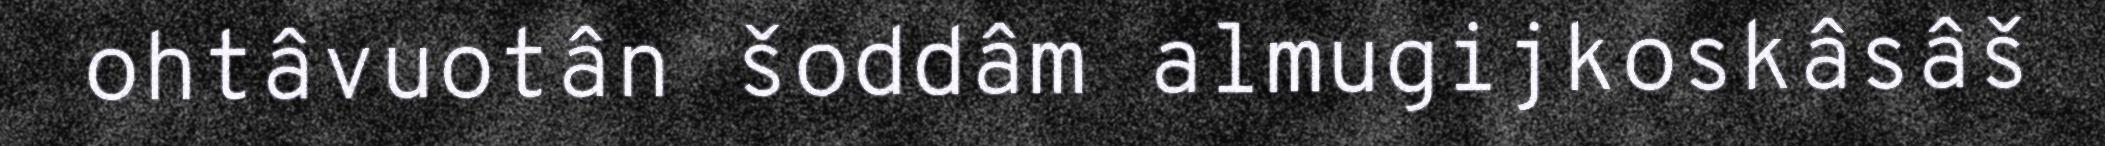
ohtâvuotân šoddâm almugijkoskâsâš